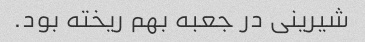
شیرینی در جعبه بهم ریخته بود.